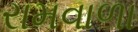
રામવાળા